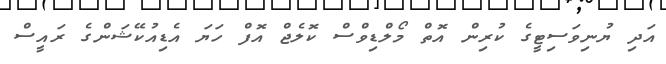
އަދި ޔުނިވަސިޓީގެ ކުރިން އޮތް މޯލްޑިވްސް ކޮލެޖް އޮފް ހަޔަ އެޑިއުކޭޝަންގެ ރައީސް